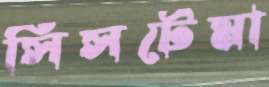
সিসটেমা